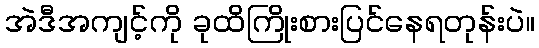
အဲဒီအကျင့်ကို ခုထိကြိုးစားပြင်နေရတုန်းပဲ။